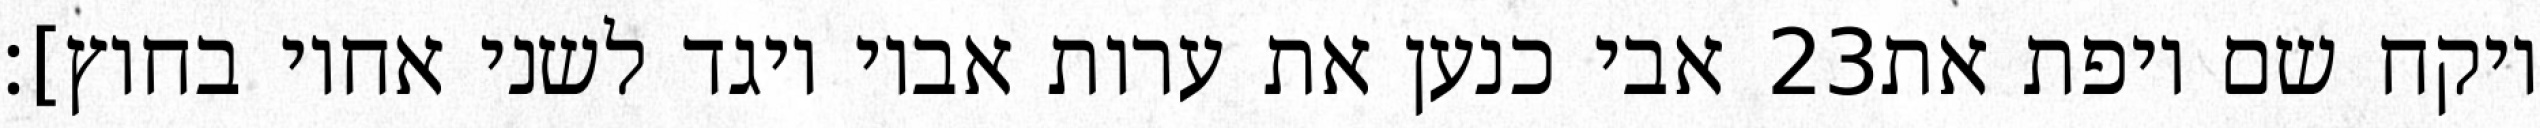
אבי כנען את ערות אביו ויגד לשני אחיו בחוץ]׃ ‎23‏ ויקח שם ויפת את